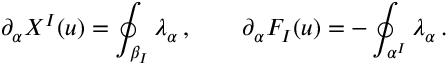
\partial _ { \alpha } X ^ { I } ( u ) = \oint _ { \beta _ { I } } \lambda _ { \alpha } \, , \qquad \partial _ { \alpha } F _ { I } ( u ) = - \oint _ { \alpha ^ { I } } \lambda _ { \alpha } \, .